Report on sanitation, dispensaries, and jails in Rajputana for 1910, and on vaccination for the year 1910-1911 - 1910-1911
Year: 1910
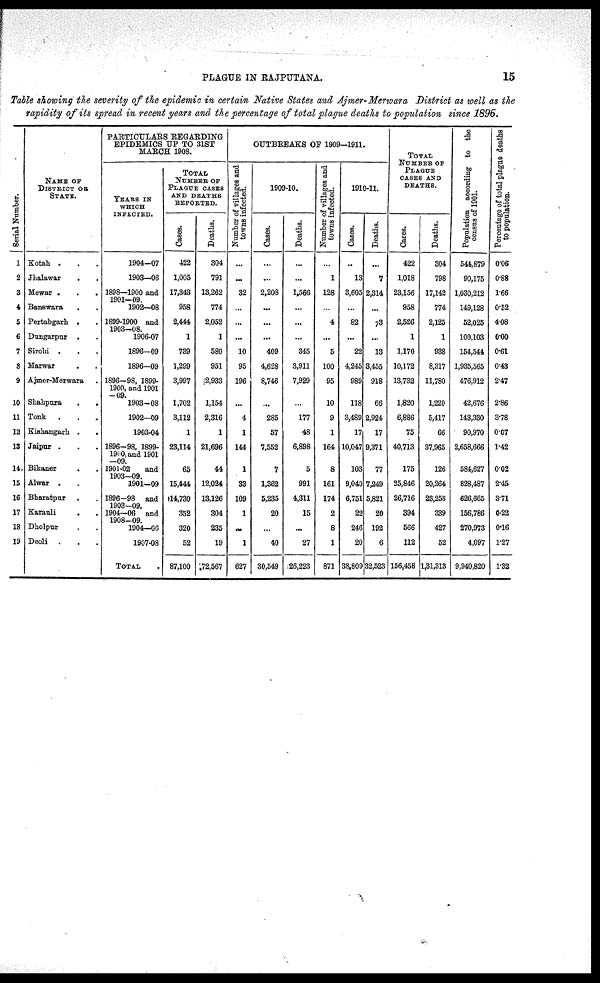
PLAGUE IN RAJPUTANA.
15
Table showing the severity of the epidemic in certain Native States and Ajmer-Merwara District as well as the
rapidity of its spread in recent years and the percentage of total plague deaths to population since 1896.
Serial Number.
1
2
3
4
5
6
7
8
9
10
11
12
13
14
15
16
17
18
19
NAME OF
DISTRICT OR
STATE.
Kotah . . .
Jhalawar
. .
Mewar . . .
Banswara
. .
Pertabgarh . .
Dungarpur . .
Sirohi . . .
Marwar . .
Ajmer-Merwara .
Shahpura
.
.
Tonk . . .
Kishangarh . .
Jaipur . . .
Bikaner . .
Alwar . .
Bharatpur . .
Karauli
. .
Dholpur . .
Deoli . . .
PARTICULARS REGARDING
EPIDEMICS UP TO 31ST
MARCH 1908.
YEARS IN
WHICH
INFECTED.
1904-07
1903—06
1898—1900 and
1901—09.
1902—08
1899-1900 and
1903—08.
1906-07
1896—09
1896—09
1896—98, 1899-
1900, and 1901
—09.
1903-08
1902—09
1903-04
1896—98, 1899-
1900, and 1901
—09.
1901-02
and
1903—09.
1901—09
1896-98 and
1903—09.
1904—06 and
1908—09.
1904—06
1907-08
TOTAL .
TOTAL
NUMBER OF
PLAGUE CASES
AND DEATHS
REPORTED.
Cases.
422
1,005
17,343
958
2,444
1
739
1,299
3,997
1,702
3,112
1
23,114
65
15,444
14,730
352
320
52
87,100
Deaths.
304
791
13,262
774
2,052
1
580
951
2,933
1,154
2,316
1
21,696
44
12,024
13,126
304
235
19
72,567
OUTBREAKS OF 1909-1911.
Number of villages and
towns infected.
...
...
32
...
...
...
10
95
196
...
4
1
144
1
33
109
1
...
1
627
1909-10.
Cases.
...
...
2,208
...
...
...
409
4,628
8,746
...
285
57
7,552
7
1,362
5,235
20
...
40
30,549
Deaths.
...
...
1,566
...
...
...
345
3,911
7,929
...
177
48
6,898
5
991
4,311
15
...
27
26,223
Number of villages and
towns infected.
...
1
128
...
4
...
5
100
95
10
9
1
164
8
161
174
2
8
1
871
1910-11.
Cases.
..
13
3,605
...
82
...
22
4,245
989
118
3,489
17
10,047
103
9,040
6,751
22
246
20
38,809
Deaths.
...
7
2,314
...
73
...
13
3,455
918
66
2,924
17
9,371
77
7,249
5,821
20
192
6
32,523
TOTAL
NUMBER OF
PLAGUE
CASES AND
DEATHS.
Cases.
422
1,018
23,156
958
2,526
1
1,170
10,172
13,732
1,820
6,886
75
40,713
175
25,846
26,716
394
566
112
156,458
Deaths.
304
798
17,142
774
2,125
1
938
8,317
11,780
1,220
5,417
66
37,965
126
20,264
23,258
339
427
52
1,31,313
Population according to the
census of 1901.
544,879
90,175
1,030,212
149,128
52,025
100,103
154,544
1,935,565
476,912
42,676
143,330
90,970
2,658,666
584,627
828,487
626,665
156,786
270,973
4,097
9,940,820
Percentage of total plague deaths
to population.
0.06
0.88
1.66
0.52
4.08
0.00
0.61
0.43
2.47
2.86
3.78
0.07
1.42
0.02
2.45
3.71
0.22
0.16
1.27
1.32